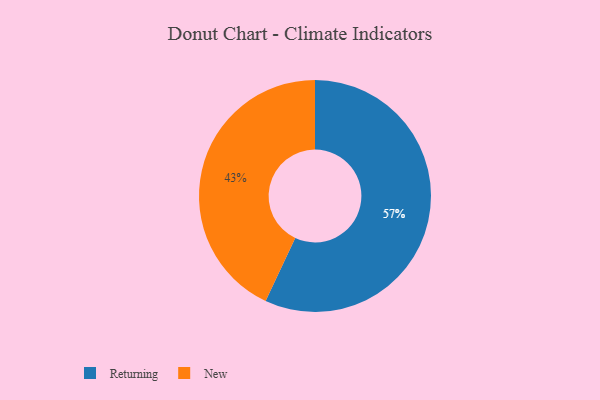
{"axis": {"x": "Category", "y": "Percentage"}, "legend": ["New", "Returning"], "data": [{"x": "New", "y": 43, "type": "New"}, {"x": "Returning", "y": 57, "type": "Returning"}]}